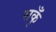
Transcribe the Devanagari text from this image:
सकुँ